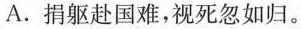
A.捐躯赴国难，视死忽如归。